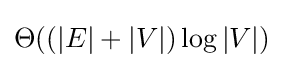
\Theta ((|E|+|V|)\log |V|)